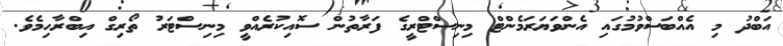
އަބްދު މި އެއްބަސްވުމުގައި އެންވަޔަރަމެންޓް މިނިސްޓްރީގެ ފަރާތުން ސޮއިކުރެއްވީ މިނިސްޓަރު ތޯރިގް އިބްރާހިމެވެ.